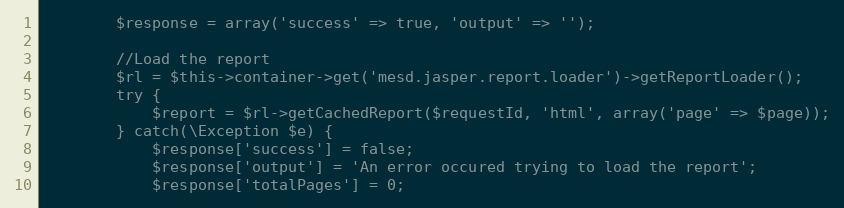
Language: PHP
        $response = array('success' => true, 'output' => '');

        //Load the report
        $rl = $this->container->get('mesd.jasper.report.loader')->getReportLoader();
        try {
            $report = $rl->getCachedReport($requestId, 'html', array('page' => $page));
        } catch(\Exception $e) {
            $response['success'] = false;
            $response['output'] = 'An error occured trying to load the report';
            $response['totalPages'] = 0;